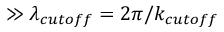
\gg \lambda _ { c u t o f f } = 2 \pi / k _ { c u t o f f }